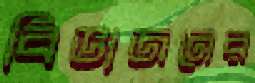
বিভাজনের